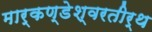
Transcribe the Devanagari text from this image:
मार्कण्डेश्वरतीर्थ